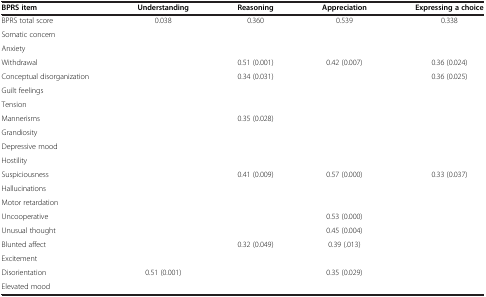
| BPRS item | Understanding | Reasoning | Appreciation | Expressing a choice |
 | --- | --- | --- | --- | --- |
 | BPRS total score | 0.038 | 0.360 | 0.539 | 0.338 |
 | Somatic concern |  |  |  |  |
 | Anxiety |  |  |  |  |
 | Withdrawal |  | 0.51 (0.001) | 0.42 (0.007) | 0.36 (0.024) |
 | Conceptual disorganization |  | 0.34 (0.031) |  | 0.36 (0.025) |
 | Guilt feelings |  |  |  |  |
 | Tension |  |  |  |  |
 | Mannerisms |  | 0.35 (0.028) |  |  |
 | Grandiosity |  |  |  |  |
 | Depressive mood |  |  |  |  |
 | Hostility |  |  |  |  |
 | Suspiciousness |  | 0.41 (0.009) | 0.57 (0.000) | 0.33 (0.037) |
 | Hallucinations |  |  |  |  |
 | Motor retardation |  |  |  |  |
 | Uncooperative |  |  | 0.53 (0.000) |  |
 | Unusual thought |  |  | 0.45 (0.004) |  |
 | Blunted affect |  | 0.32 (0.049) | 0.39 (.013) |  |
 | Excitement |  |  |  |  |
 | Disorientation | 0.51 (0.001) |  | 0.35 (0.029) |  |
 | Elevated mood |  |  |  |  |